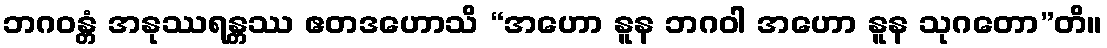
ဘဂဝန္တံ အနုဿရန္တဿ ဧတဒဟောသိ “အဟော နူန ဘဂဝါ အဟော နူန သုဂတော”တိ။